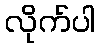
လိုက်ပါ